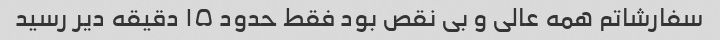
سفارشاتم همه عالی و بی نقص بود فقط حدود ۱۵ دقیقه دیر رسید